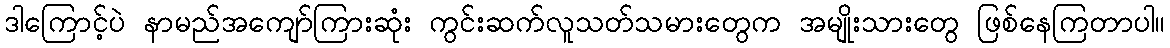
ဒါကြောင့်ပဲ နာမည်အကျော်ကြားဆုံး ကွင်းဆက်လူသတ်သမားတွေက အမျိုးသားတွေ ဖြစ်နေကြတာပါ။